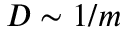
D \sim 1 / m